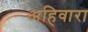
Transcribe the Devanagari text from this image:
अहिवारा